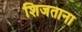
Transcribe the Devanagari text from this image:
शिजताना